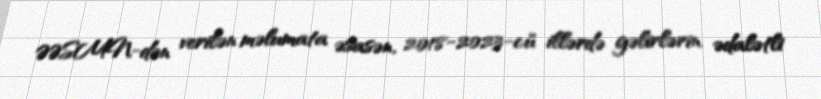
ƏƏSMN-dən verilən məlumata əsasən, 2018-2023-cü illərdə gəlirlərin ədalətli